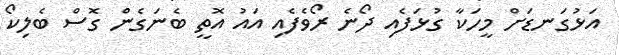
އަޅުގަނޑަށް މީހަކާ ގުޅަފެއި ދޯނެ ރޯވެފެއި އައު އޮތީ ބެނަގެން ގޮސް ބެލިކޯ